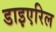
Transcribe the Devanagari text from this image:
डाइएरिल